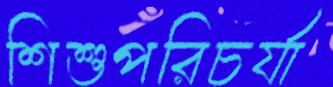
শিশুপরিচর্যা